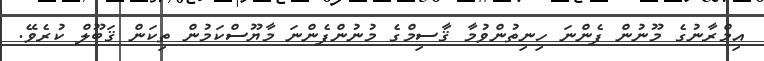
އިމްރާނުގެ މޫނުން ފެންނަ ހިނިތުންވުމާ ޤާސިމްގެ މުނުންފެންނަ މާޔޫސްކަމުން ތިކަން ޤަބޫލް ކުރެވޭ.